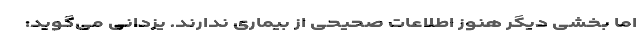
اما بخشی دیگر هنوز اطلاعات صحیحی از بیماری ندارند. یزدانی می‌گوید: